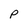
Character: P